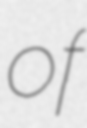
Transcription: of